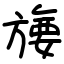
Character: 㫏